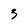
Character: 3